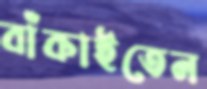
বাঁকাইতেন